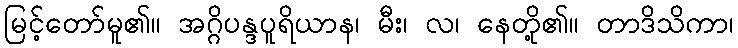
မြင့်တော်မူ၏။ အဂ္ဂိပန္ဒပူရိယာန၊ မီး၊ လ၊ နေတို့၏။ တာဒိသိကာ၊